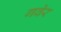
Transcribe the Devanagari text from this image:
गवेर